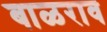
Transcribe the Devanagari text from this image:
बाळराव